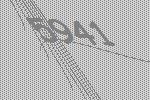
5941